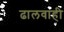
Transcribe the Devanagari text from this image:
ढालवाही